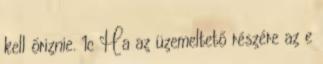
kell őriznie. 1c Ha az üzemeltető részére az e